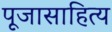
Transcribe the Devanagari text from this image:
पूजासाहित्य